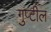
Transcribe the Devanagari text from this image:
गुप्टील